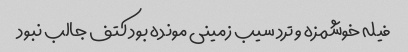
فیله خوشمزه و ترد سیب زمینی مونده بود کتف جالب نبود